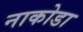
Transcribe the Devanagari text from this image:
नाकोडा